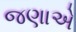
જણાએ